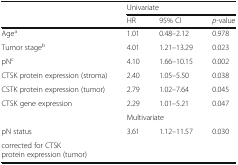
|  | <COLSPAN=3> Univariate |
 |  | HR | 95% CI | p-value |
 | --- | --- | --- | --- |
 | Agea | 1.01 | 0.48–2.12 | 0.978 |
 | Tumor stageb | 4.01 | 1.21–13.29 | 0.023 |
 | pNc | 4.10 | 1.66–10.15 | 0.002 |
 | CTSK protein expression (stroma) | 2.40 | 1.05–5.50 | 0.038 |
 | CSTK protein expression (tumor) | 2.79 | 1.02–7.64 | 0.045 |
 | CTSK gene expression | 2.29 | 1.01–5.21 | 0.047 |
 |  | <COLSPAN=3> Multivariate |
 | pN status | 3.61 | 1.12–11.57 | 0.030 |
 | <COLSPAN=4> corrected for CTSKprotein expression (tumor) |